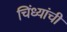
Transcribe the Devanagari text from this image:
चिंध्यांची